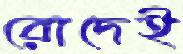
রোদেই